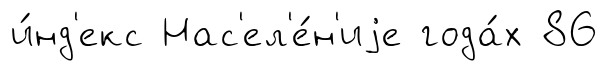
и́нд'екс Нас'ел'е́н'иjе года́х 86